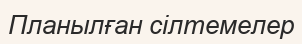
Планылған cілтемелер